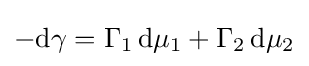
-\mathrm {d} \gamma =\Gamma _{1}\,\mathrm {d} \mu _{1}+\Gamma _{2}\,\mathrm {d} \mu _{2}